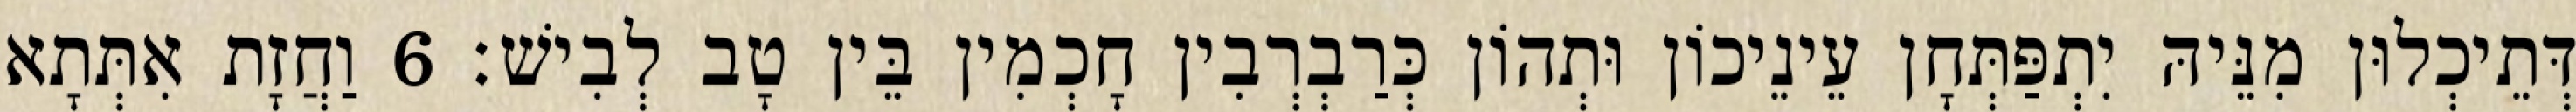
דְּתֵיכְלוּן מִנֵּיהּ יִתְפַּתְּחָן עֵינֵיכוֹן וּתְהוֹן כְּרַבְרְבִין חָכְמִין בֵּין טָב לְבִישׁ׃ 6 וַחֲזָת אִתְּתָא